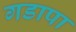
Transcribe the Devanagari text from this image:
गडापा